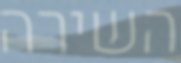
השירה